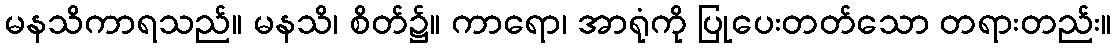
မနသိကာရသည်။ မနသိ၊ စိတ်၌။ ကာရော၊ အာရုံကို ပြုပေးတတ်သော တရားတည်း။